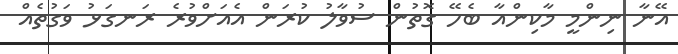
އޭނާ ނިންމީ މާކިންއާ ބެހޭ ގޮތުން ސުވާލު ކުރަން އެއަށްވުރެ ރަނގަޅު ވަގުތެއް